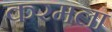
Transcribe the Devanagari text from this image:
करमला